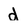
Character: d